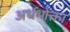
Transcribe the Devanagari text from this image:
अर्धभोक्ता